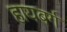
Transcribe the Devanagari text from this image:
हायबर्ग